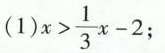
(1)$$x> \frac{1}{3}x-2$$;